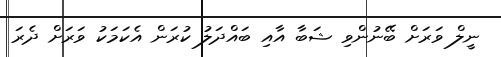
ނީލް ވަރަށް ބޭނުންވި ޝަބާ އާއި ބައްދަލު ކުރަން އެކަމަކު ވަރަށް ދެރަ